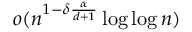
o ( n ^ { 1 - \delta \frac { \alpha } { d + 1 } } \log \log n )